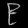
Digit: ၉